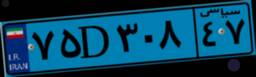
۷۵D۳۰۸۴۷